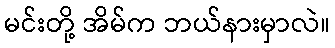
မင်းတို့ အိမ်က ဘယ်နားမှာလဲ။